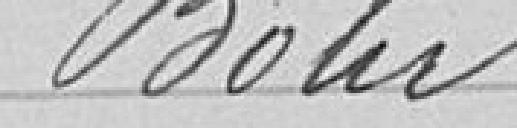
Boler